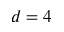
d = 4